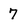
Character: 7